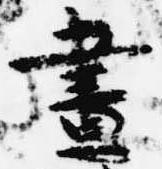
昼